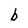
Character: b